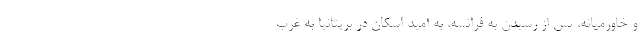
و خاورمیانه، پس از رسیدن به فرانسه، به امید اسکان در بریتانیا به غرب